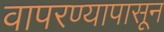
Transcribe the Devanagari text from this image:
वापरण्यापासून